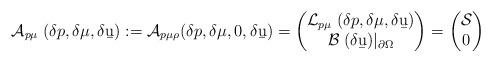
LaTeX: \begin{align*}\mathcal A_{p\mu} \;(\delta p,\delta\mu,\delta\b u):= \mathcal A_{p\mu\rho}(\delta p,\delta\mu,0,\delta \b u)= \begin{pmatrix}\mathcal L_{p\mu} \;(\delta p,\delta\mu,\delta\b u) \\ \mathcal B \;(\delta\b u)|_{\partial\Omega}\end{pmatrix}=\begin{pmatrix}\mathcal S\\ 0\end{pmatrix}\end{align*}